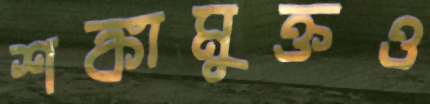
শঙ্কামুক্তও